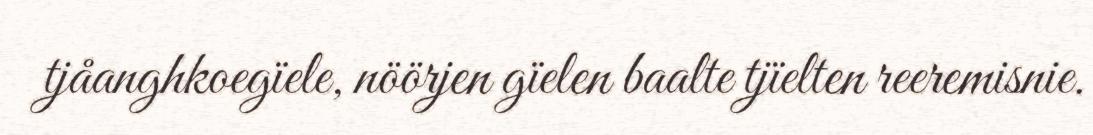
tjåanghkoegïele, nöörjen gïelen baalte tjïelten reeremisnie.